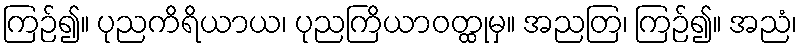
ကြဉ်၍။ ပုညကိရိယာယ၊ ပုညကြိယာဝတ္ထုမှ။ အညတြ၊ ကြဉ်၍။ အညံ၊